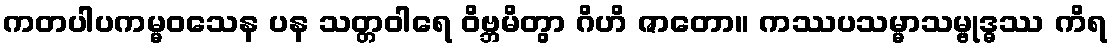
ကတပါပကမ္မဝသေန ပန သတ္တဝါရေ ဝိဗ္ဘမိတွာ ဂိဟိ ဇာတော။ ကဿပသမ္မာသမ္ဗုဒ္ဓဿ ကိရ